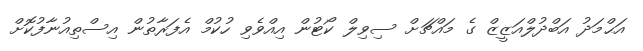
އަޙްމަދު އަބްދުލްއަޒީޒް ގެ މައްޗަށް ސިވިލް ކޯޓުން އިއްވެވި ހުކުމް އެފަރާތުން އިސްތިއުނާފުކޮށް